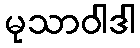
မုသာဝါဒါ